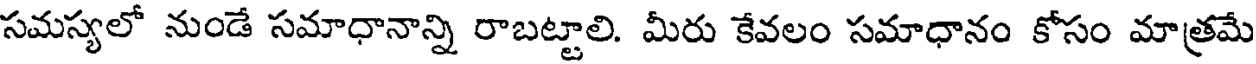
సమస్యలో నుండే సమాధానాన్ని రాబట్టాలి. మీరు కేవలం సమాధానం కోసం మాత్రమే